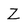
Character: Z